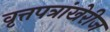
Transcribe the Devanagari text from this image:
वृत्तपत्रांखेरीज